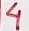
Text: 4